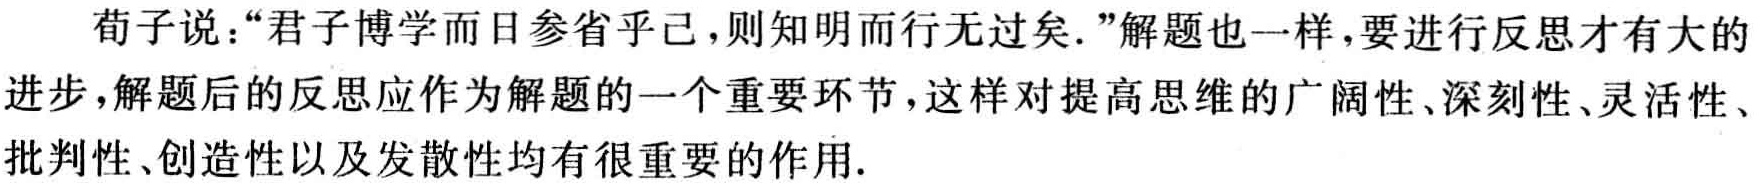
荀子说：“君子博学而日参省乎己，则知明而行无过矣.”解题也一样，要进行反思才有大的进步，解题后的反思应作为解题的一个重要环节，这样对提高思维的广阔性、深刻性、灵活性、批判性、创造性以及发散性均有很重要的作用.